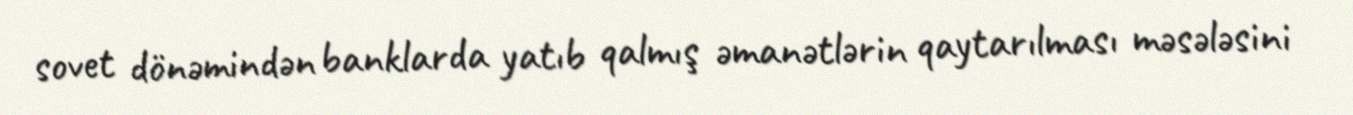
sovet dönəmindən banklarda yatıb qalmış əmanətlərin qaytarılması məsələsini